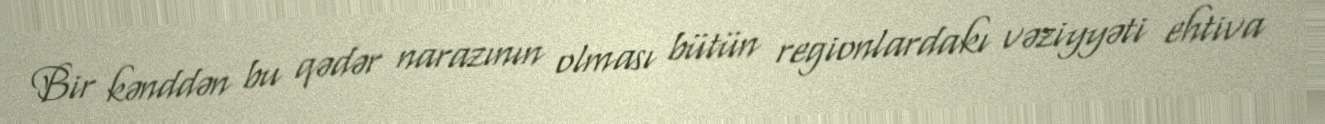
Bir kənddən bu qədər narazının olması bütün regionlardakı vəziyyəti ehtiva